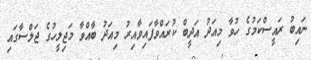
ނައިބު ރައީސްކަމުގެ ހުވާ މިއަދު އަދީބް ކުރައްވާފައިވާއިރު މިއަދު ބާއްވާ މަޖިލީހުގެ ޖަލްސާގައި